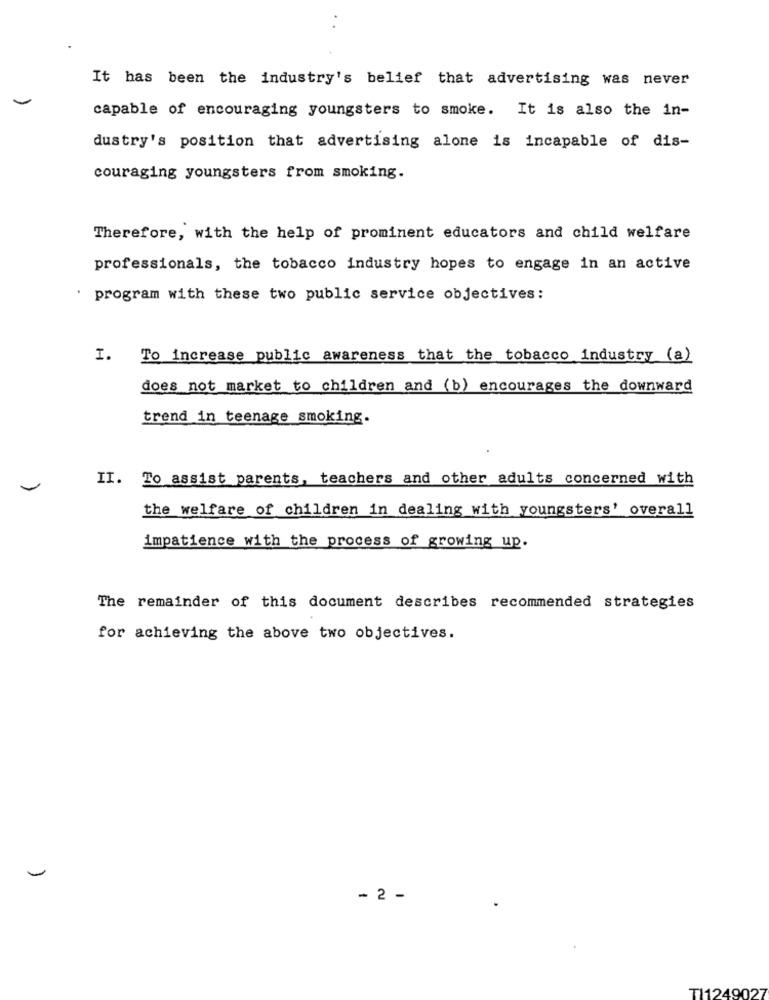
It has been the industry's belief that advertising was never
capable of encouraging youngsters to smoke. It is also the in-
dustry's position that advertising alone is incapable of dis-
couraging youngsters from smoking.
Therefore, with the help of prominent educators and child welfare
professionals, the tobacco industry hopes to engage in an active
program with these two public service objectives:
1.
To increase public awareness that the tobacco industry (a)
does not market to children and (b) encourages the downward
trend in teenage smoking.
II. To assist parents, teachers and other adults concerned with
the welfare of children in dealing with youngsters' overall
impatience with the process of growing up.
The remainder of this document describes recommended strategies
for achieving the above two objectives.
- 2 -
TI1249027